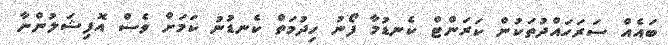
ބައެއް ސަރަހައްދުތަކުން ކަރަންޓް ކެނޑުމާ ފޯނު ހިދުމަތް ކެނޑުނު ކަމަށް ވެސް އޮފިޝަލުންނާ